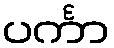
ပင်္ကာ